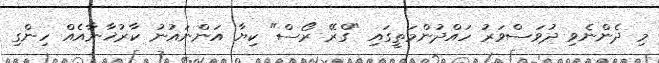
މި ދެންނެވި ދުވަސްވަރު ހައްދުންމަތީގައި "ގްރޭ ރޯސް" ކިޔާ އަންނައުނު ކާރުޚާނާއެއް ހިންގި